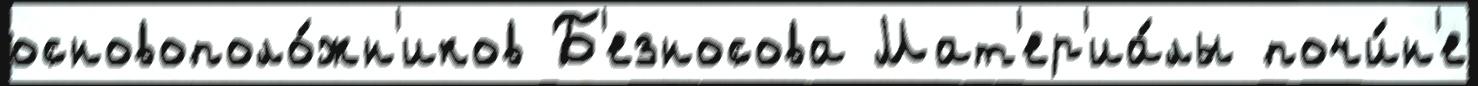
основополо́жн'иков Б'езносова Мат'ер'иа́лы почи́н'е